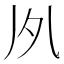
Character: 𠂗